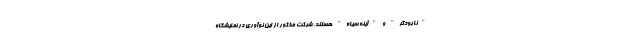
"نابودگر" و "آینه سیاه" هستند. شرکت مذکور از این نوآوری در نمایشگاه